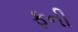
ફની